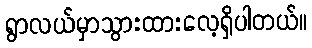
ရွာလယ်မှာသွားထားလေ့ရှိပါတယ်။